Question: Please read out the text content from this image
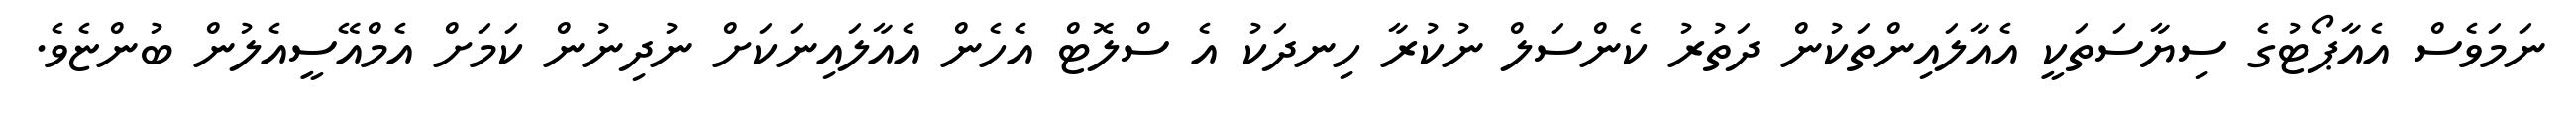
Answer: ނަމަވެސް އެއާޕޯޓުގެ ސިޔާސަތަކީ އެއާލައިންތަކުން ދަތުރު ކެންސަލް ނުކުރާ ހިނދަކު އެ ސްލޮޓް އެހެން އެއާލައިނަކަށް ނުދިނުން ކަމަށް އެމްއޭސީއެލުން ބުންޏެވެ.